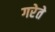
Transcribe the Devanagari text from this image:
गरेते